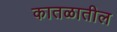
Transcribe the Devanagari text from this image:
कातळातील